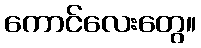
ကောင်လေးတွေ။